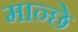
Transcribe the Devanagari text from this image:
मान्छे